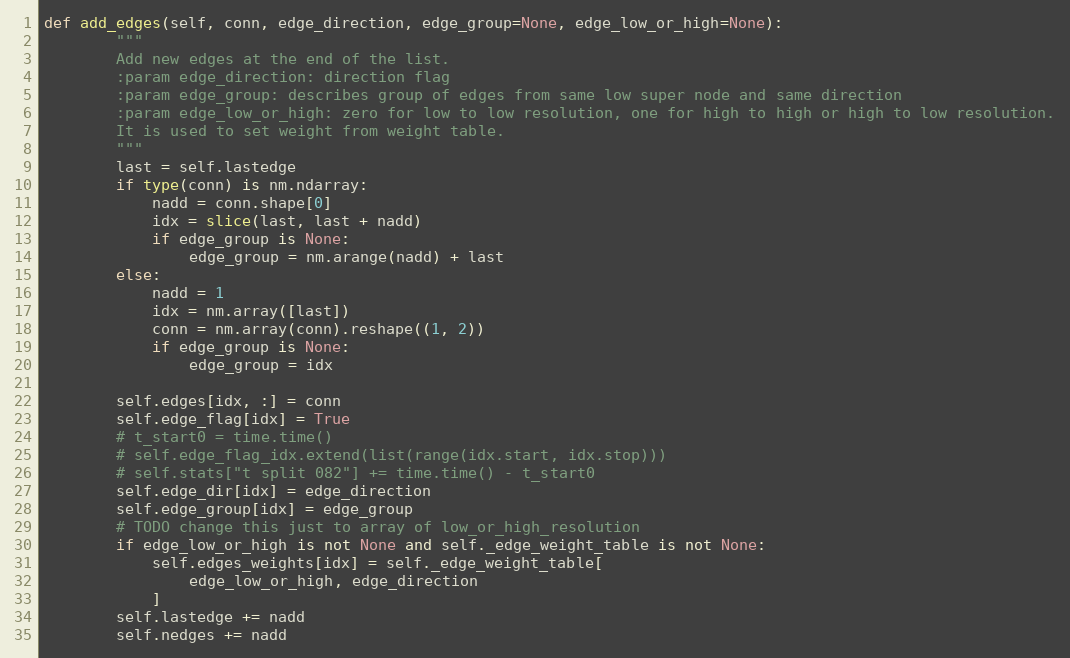
Language: Python
def add_edges(self, conn, edge_direction, edge_group=None, edge_low_or_high=None):
        """
        Add new edges at the end of the list.
        :param edge_direction: direction flag
        :param edge_group: describes group of edges from same low super node and same direction
        :param edge_low_or_high: zero for low to low resolution, one for high to high or high to low resolution.
        It is used to set weight from weight table.
        """
        last = self.lastedge
        if type(conn) is nm.ndarray:
            nadd = conn.shape[0]
            idx = slice(last, last + nadd)
            if edge_group is None:
                edge_group = nm.arange(nadd) + last
        else:
            nadd = 1
            idx = nm.array([last])
            conn = nm.array(conn).reshape((1, 2))
            if edge_group is None:
                edge_group = idx

        self.edges[idx, :] = conn
        self.edge_flag[idx] = True
        # t_start0 = time.time()
        # self.edge_flag_idx.extend(list(range(idx.start, idx.stop)))
        # self.stats["t split 082"] += time.time() - t_start0
        self.edge_dir[idx] = edge_direction
        self.edge_group[idx] = edge_group
        # TODO change this just to array of low_or_high_resolution
        if edge_low_or_high is not None and self._edge_weight_table is not None:
            self.edges_weights[idx] = self._edge_weight_table[
                edge_low_or_high, edge_direction
            ]
        self.lastedge += nadd
        self.nedges += nadd